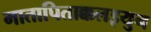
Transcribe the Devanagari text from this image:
मातापिताक्कलइयुन